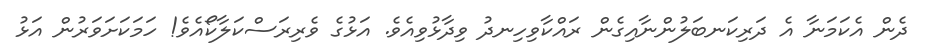
ދެން އެކަމަނާ އެ ދަރިކަނބަލުންނާއިގެން ރައްކާވިހިނދު ވިދާޅުވިއެވެ. އަޅުގެ ވެރިރަސްކަލާކޯއެވެ! ހަމަކަށަވަރުން އަޅު